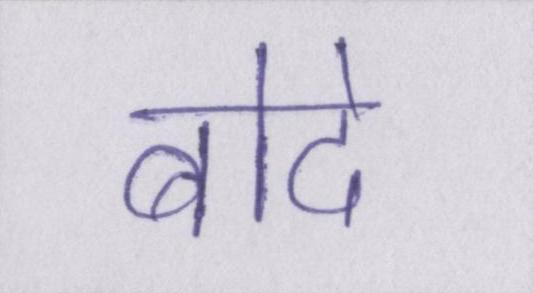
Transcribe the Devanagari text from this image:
बोदे